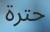
حترة